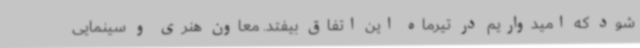
شود که امیدواریم در تیرماه این اتفاق بیفتد. معاون هنری و سینمایی